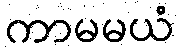
ကာမမယံ